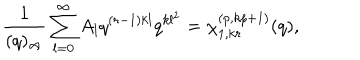
LaTeX: \frac { 1 } { ( q ) _ { \infty } } \sum _ { l = 0 } ^ { \infty } A _ { l } q ^ { ( r - 1 ) k l } q ^ { k l ^ { 2 } } = \chi _ { 1 , k r } ^ { ( p , k p + 1 ) } ( q ) ,